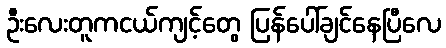
ဦးလေးတူကငယ်ကျင့်တွေ ပြန်ပေါ်ချင်နေပြီလေ